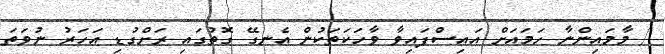
/ މާމައިންނާ ހަމައަށް އައިސްފައިވާ ވާހަކަތަކުން އެނގޭ ގޮތުގައި ރަށްގުޑި އަހަރު ނުވަތަ